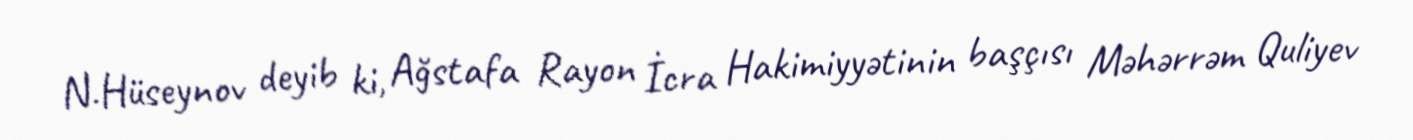
N.Hüseynov deyib ki, Ağstafa Rayon İcra Hakimiyyətinin başçısı Məhərrəm Quliyev